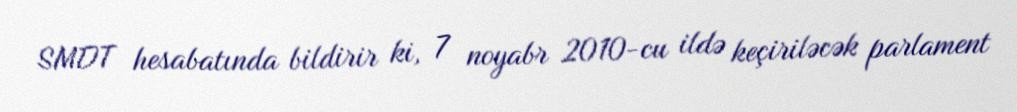
SMDT hesabatında bildirir ki, 7 noyabr 2010-cu ildə keçiriləcək parlament